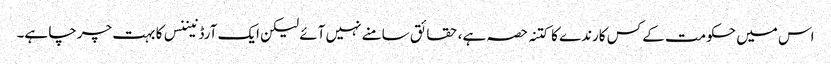
اس میں حکومت کے کس کارندے کا کتنہ حصہ ہے، حقائق سامنے نہیں آئے لیکن ایک آرڈنیننس کا بہت چرچا ہے۔